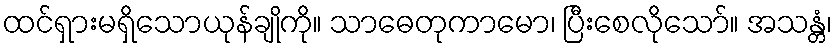
ထင်ရှားမရှိသောယုန်ချိုကို။ သာဓေတုကာမော၊ ပြီးစေလိုသော်။ အသန္တံ၊